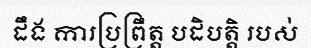
ដឹង ការប្រព្រឹត្ត បដិបត្តិ របស់